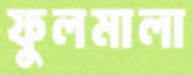
ফুলমালা